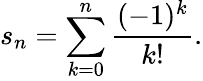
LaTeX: s_{n}=\sum_{k=0}^{n}{\frac{(-1)^{k}}{k!}}.